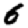
Digit: 6